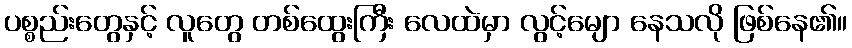
ပစ္စည်းတွေနှင့် လူတွေ တစ်ထွေးကြီး လေထဲမှာ လွင့်မျော နေသလို ဖြစ်နေ၏။